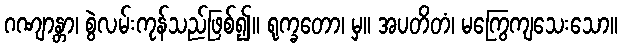
ဂဏျာန္တာ၊ စွဲလမ်းကုန်သည်ဖြစ်၍။ ရုက္ခတော၊ မှ။ အပတိတံ၊ မကြွေကျသေးသော။